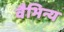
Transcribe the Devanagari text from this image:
वैभिन्य